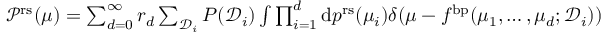
\begin{array} { r } { \mathcal { P } ^ { \mathrm { r s } } ( \mu ) = \sum _ { d = 0 } ^ { \infty } r _ { d } \sum _ { \mathcal { D } _ { i } } P ( \mathcal { D } _ { i } ) \int \prod _ { i = 1 } ^ { d } \mathrm { d } p ^ { \mathrm { r s } } ( \mu _ { i } ) \delta ( \mu - f ^ { \mathrm { b p } } ( \mu _ { 1 } , \dots , \mu _ { d } ; \mathcal { D } _ { i } ) ) } \end{array}